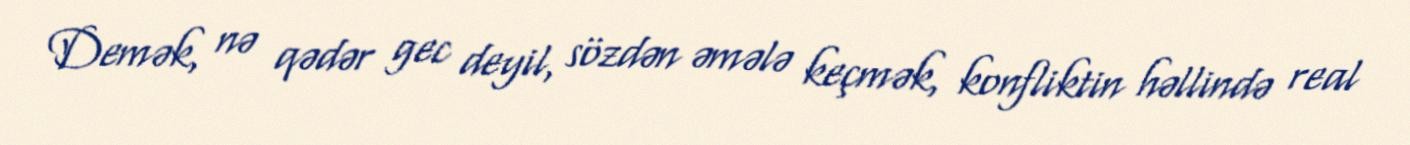
Demək, nə qədər gec deyil, sözdən əmələ keçmək, konfliktin həllində real